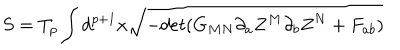
S = T _ { p } \int d ^ { p + 1 } x \sqrt { - d e t ( G _ { M N } \partial _ { a } Z ^ { M } \partial _ { b } Z ^ { N } + F _ { a b } ) }